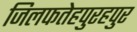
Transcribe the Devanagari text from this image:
जिलफतेहपुरहपुर